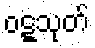
ဝဋ္ဋသုတ်